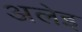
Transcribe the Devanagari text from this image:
अलेइ